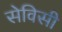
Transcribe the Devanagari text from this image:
सेविसी